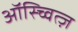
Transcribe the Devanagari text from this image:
ऑस्च्वित्ज़